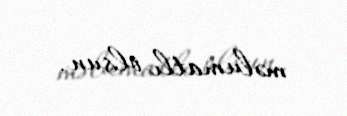
məlumatlı olsun.